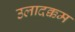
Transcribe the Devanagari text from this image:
उलादक्कम